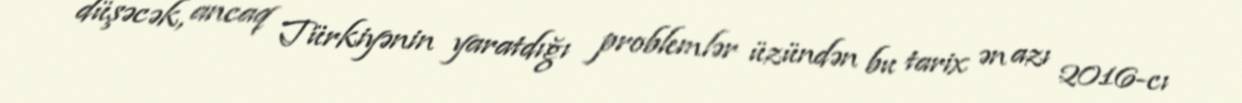
düşəcək, ancaq Türkiyənin yaratdığı problemlər üzündən bu tarix ən azı 2016-cı